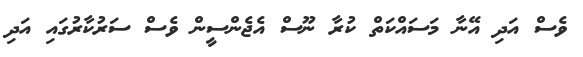
ވެސް އަދި އޭނާ މަސައްކަތް ކުރާ ނޫސް އެޖެންސީން ވެސް ސަރުކާރުގައި އަދި